Report on sanitation, dispensaries, and jails in Rajputana for 1921, and on vaccination for the year 1921-1922 - 1921-1922
Year: 1921
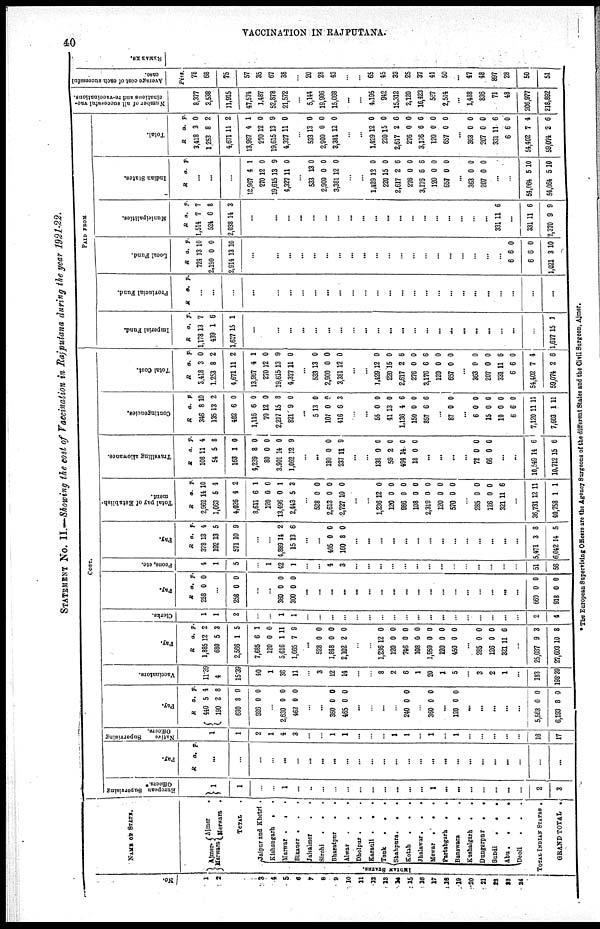
40
VACCINATION IN RAJPUTANA.
STATEMENT No. II.—Showing the cost of Vaccination in Rajputana during the year 1921-22.
No.
1
2
3
4
5
6
7
8
9
10
11
12
13
14
15
16
17
18
19
20
21
22
23
24
NAME OF STATE.
Ajmer¬
Merwara
Ajmer.
Merwara.
TOTAL.
INDIAN STATES.
Jaipur and Khetri.
Kishangarh..
Marwar...
Bikaner...
Jaisalmer..
Sirohi...
Bharatpur..
Alwar...
Dholpur...
Karauli...
Tonk...
Shahpura...
Kotah...
Jhalawar...
Mewar...
Partabgarh..
Banswara..
Kushalgarh..
Dungarpur..
Bundi...
Abu....
Deoli...
TOTAL INDIAN STATES.
GRAND TOTAL.
COST.
European Supervising
Officers.*
1
1
...
...
1
...
...
...
...
...
...
...
...
...
...
...
1
...
...
...
...
...
...
...
2
3
Pay.
R a. p.
...
...
...
...
...
...
...
...
...
...
...
...
...
...
...
...
...
...
...
...
...
...
...
...
...
...
Native
Supervising
Officers.
1
1
2
1
4
3
...
...
1
1
...
...
...
1
1
...
1
...
1
...
...
...
...
...
16
17
Pay.
R
440
190
630
926
a.
5
2
8
0
p.
4
8
0
0
...
2,630
462
0
0
0
0
...
...
360
465
0
0
0
0
...
...
...
...
240 0 0
...
360 0 0
...
120 0 0
...
...
...
...
...
5,563
6,193
0
8
0
0
Vaccinators.
11.39
4
15.39
40
1
38
11
...
3
12
14
...
...
8
2
6
1
20
1
5
...
3
2
1
...
183
198.39
Pay.
R
1,885
680
2,566
7,685
120
5,616
1,665
a.
12
5
1
6
0
1
7
p.
2
3
5
1
0
11
9
...
528
1,848
2,102
0
0
2
0
0
0
...
...
1,236
120
746
108
1,959
120
450
12
0
0
6
0
0
0
0
0
0
0
0
0
0
...
285
126
321
0
0
11
0
0
6
...
25,037
27,603
9
10
3
8
Clerks.
1
1
2
...
...
1
1
...
...
...
...
...
...
...
...
...
...
...
...
...
...
...
...
...
...
2
4
Pay.
R
258
a.
0
p.
0
...
258 0 0
...
...
360
300
0
0
0
0
...
...
...
...
...
...
...
...
...
...
...
...
...
...
...
...
...
...
669
918
0
0
0
0
Peons, etc.
4
1
5
...
1
42
1
...
...
4
3
...
...
...
...
...
...
...
...
...
...
...
...
...
...
51
56
Pay.
R
378
192
571
a.
13
13
10
p.
4
5
9
...
...
4,889
15
14
13
2
6
...
...
405
160
0
8
0
0
...
...
...
...
...
...
...
...
...
...
...
...
...
...
5,471
6,042
3
14
8
5
Total pay of Establish-
ment.
R
2,962
1,063
4,026
8,611
120
13,496
2,443
a.
14
5
4
6
0
0
5
p.
10
4
2
1
0
1
3
...
528
2,613
2,727
0
0
10
0
0
0
...
...
1,236
120
986
108
2,319
120
570
12
0
0
0
0
0
0
0
0
0
0
0
0
0
...
285
126
321
0
0
11
0
0
6
...
36,731
40,758
12
1
11
1
Travelling allowance.
R
108
54
163
4,239
80
3,901
1,062
a.
11
5
1
8
0
14
12
p.
4
8
0
0
0
0
9
...
...
180
237
0
11
0
9
...
...
138
59
494
18
0
2
14
0
0
0
0
0
...
...
...
...
72
66
0
0
0
0
...
...
10,549
10,712
14
15
6
6
Contingencies.
R
346
135
482
1,116
70
2,217
821
a.
8
13
6
6
12
15
9
p.
10
2
0
0
0
8
0
...
5
107
416
13
0
6
0
0
3
...
...
55
41
1,136
150
857
0
13
4
0
6
0
0
6
0
6
...
87 0 0
...
6
15
10
6
7,120
7,603
0
0
0
6
11
1
0
0
0
0
11
11
Total Cost.
R
3,418
1,253
4,671
13,967
270
19,615
4,327
a.
3
8
11
4
12
13
11
p.
0
2
2
1
0
9
0
...
533
2,900
3,381
13
0
12
0
0
0
...
...
1.429
220
2,617
276
3,176
120
657
12
15
2
0
6
0
0
0
0
6
0
6
0
0
363
207
331
6
54,402
59,074
0
0
11
6
7
2
0
0
6
0
4
6
PAID FROM
Imperial Fund.
R
1,178
439
1,617
a.
13
1
15
p.
7
6
1
...
...
...
...
...
...
...
...
...
...
...
...
...
...
...
...
...
...
...
...
...
...
...
1,617 15 1
Provincial Fund.
R a. p.
...
...
...
...
...
...
...
...
...
...
...
...
...
...
...
...
...
...
...
...
...
...
...
...
...
...
...
Local Fund.
R
724
2,190
2,914
a.
13
0
13
p.
10
0
10
...
...
...
...
...
...
...
...
...
...
...
...
...
...
...
...
...
...
...
...
...
6
6
1,021
6
6
3
0
0
10
Municipalities.
R
1,514
524
2,038
a.
7
6
14
p.
7
8
3
...
...
...
...
...
...
...
...
...
...
...
...
...
...
...
...
...
...
...
...
331 11 6
...
331
2,370
11
9
6
9
Indian Slates.
R. a. p.
...
...
...
13,967
270
19,615
4,327
4
12
13
11
1
0
9
0
...
533
2,900
3,381
13
0
12
0
0
0
...
...
1,429
220
2,617
276
3,176
120
657
12
15
2
0
6
0
0
0
0
6
0
6
0
0
...
363
207
0
0
0
0
...
...
54,064
54,064
5
5
10
10
Total.
R
3,418
1,253
4,671
13,967
270
19,615
4,327
a.
3
8
11
4
12
13
11
p.
0
2
2
1
0
9
0
...
533
2,900
3,381
13
0
12
0
0
0
...
...
1,429
220
2,617
276
3,176
120
657
12
15
2
0
6
0
0
0
0
6
0
6
0
0
...
363
207
331
6
54,402
59,074
0
0
11
6
7
2
0
0
6
0
4
6
Number of all successful vac-
cinations and re-vaccinations.
8,377
3,538
11,915
47,574
1,487
52,878
21,572
...
5,144
19,906
15,068
...
...
4,195
942
15,312
2,120
16,423
567
2,514
...
1,488
836
71
48
206,977
218,892
Average cost of each successful
case.
Pies.
78
68
75
57
35
67
38
...
20
28
43
...
...
65
45
33
25
37
41
50
...
47
48
897
28
50
51
REMARKS.
* The European Supervising Officers are the Agency Surgeons of the different States and the Civil Surgeon, Ajmer.